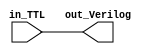
module TTL_buffer (
    input in_TTL,
    output reg out_Verilog
);

always @ (in_TTL)
begin
    out_Verilog <= in_TTL;
end

endmodule